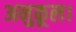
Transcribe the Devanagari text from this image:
अनुकूल।